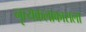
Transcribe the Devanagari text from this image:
नृत्यकलाकाराला